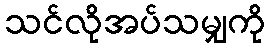
သင်လိုအပ်သမျှကို